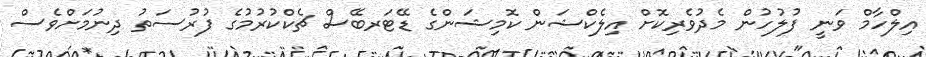
އިލްހާމް ވަނީ ފުލުހުން މެދުވެރިކޮށް އިލެކްޝަން ކޮމިޝަންގެ ޑޭޓަރބޭސް ޗެކްކުރުމުގެ ފުރުސަތު ދިނުމަށްވެސް